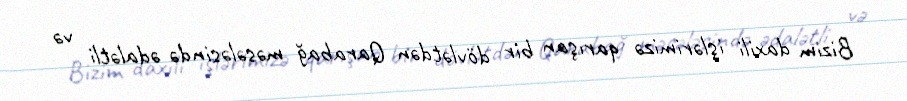
Bizim daxili işlərimizə qarışan bir dövlətdən Qarabağ məsələsində ədalətli və